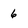
Character: 6